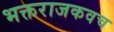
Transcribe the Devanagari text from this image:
भक्तराजकवच